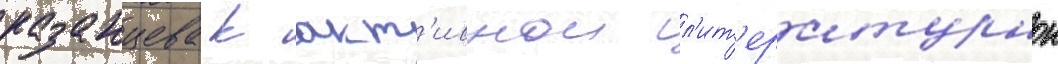
казанцева к акт'ивнои л'ит'ературнои